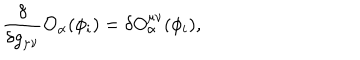
\frac { \delta } { \delta g _ { \mu \nu } } { \cal O } _ { \alpha } ( \phi _ { i } ) = \delta O _ { \alpha } ^ { \mu \nu } ( \phi _ { i } ) ,